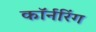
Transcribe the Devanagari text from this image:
कॉर्नरिंग